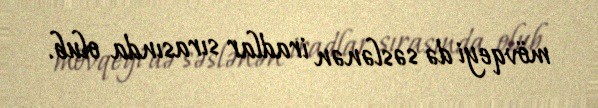
mövqeyi də səslənən iradlar sırasında olub.